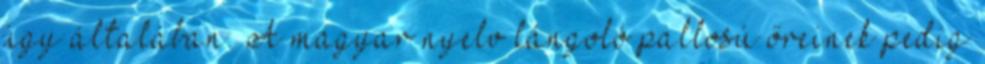
úgy általában. A magyar nyelv lángoló pallosú őreinek pedig